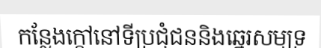
កន្លែងក្តៅនៅទីប្រជុំជននិងឆ្នេរសមុទ្រ